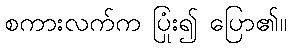
စကားလက်က ပြုံး၍ ပြော၏။